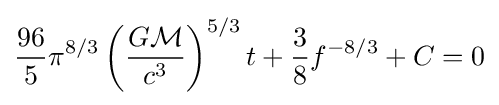
{\frac {96}{5}}\pi ^{8/3}\left({\frac {G{\mathcal {M}}}{c^{3}}}\right)^{5/3}t+{\frac {3}{8}}f^{-8/3}+C=0